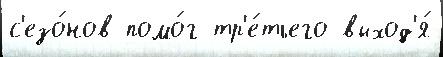
с'езо́нов помо́г тр'е́тьего выход'я́